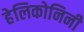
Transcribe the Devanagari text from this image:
हेलिकोनिनी